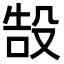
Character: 𬆧